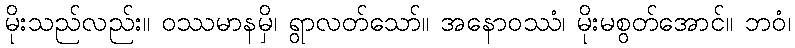
မိုးသည်လည်း။ ဝဿမာနမှိ၊ ရွာလတ်သော်။ အနောဝဿံ၊ မိုးမစွတ်အောင်။ ဘဝံ၊